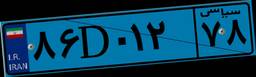
۶۵D۳۹۷۴۸